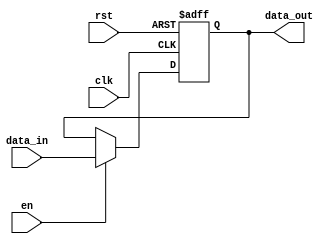
module input_register #(
    parameter WIDTH = 8  // Parameter to define the data width
)(
    input wire clk,       // Clock signal
    input wire rst,       // Reset signal
    input wire en,        // Enable signal
    input wire [WIDTH-1:0] data_in,  // Input data
    output reg [WIDTH-1:0] data_out   // Output data
);

    // Sequential logic block
    always @(posedge clk or posedge rst) begin
        if (rst) begin
            // Asynchronous reset
            data_out <= {WIDTH{1'b0}};  // Initialize to zero
        end else if (en) begin
            // Capture input data on the rising edge of clk if enabled
            data_out <= data_in;
        end
        // If not enabled (en is low), retain the previous value of data_out
    end

endmodule